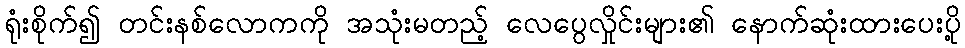
ရုံးစိုက်၍ တင်းနစ်လောကကို အသုံးမတည့် လေပွေလှိုင်းများ၏ နောက်ဆုံးထားပေးပို့